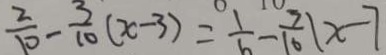
\frac { 2 } { 1 0 } - \frac { 3 } { 1 0 } ( x - 3 ) = \frac { 1 } { 6 } - \frac { 3 } { 1 0 } ( x - 7